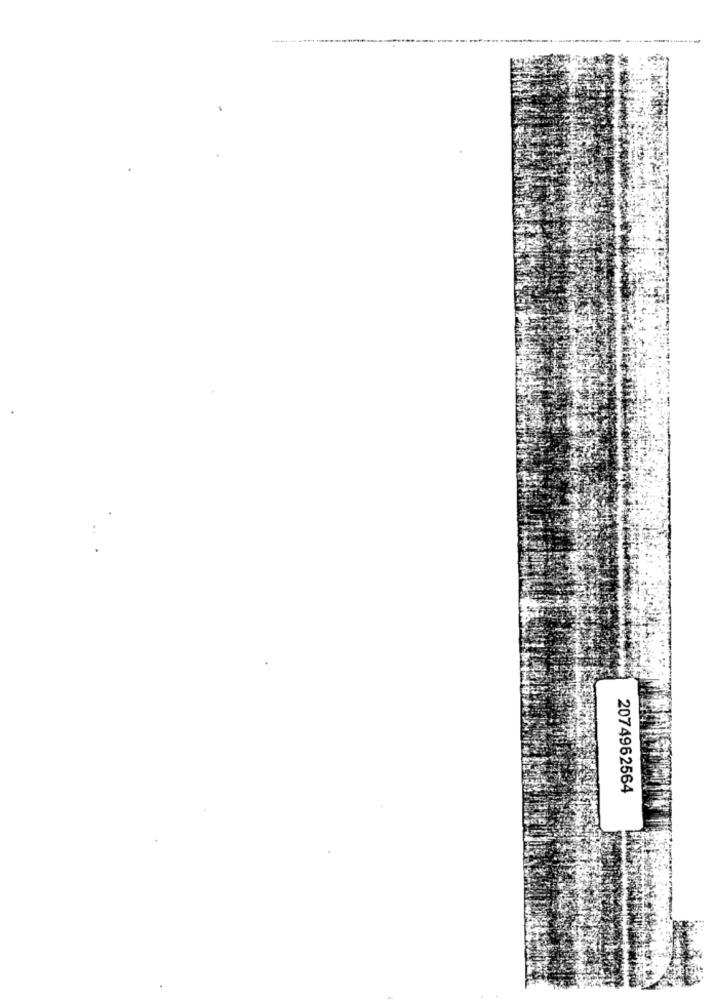
2074962564